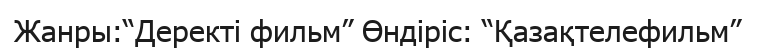
Жанры:“Деректі фильм” Өндіріс: “Қазақтелефильм”